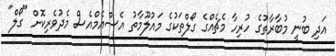
އަދި ބުނީ މުބާރާތުގެ ހުރިހާ މެޗެއްގެ ގޯލްތަކުގެ މައުލޫމާތު އެސްއެމްއެސް މެދުވެރިކޮށް "ގޯލް"